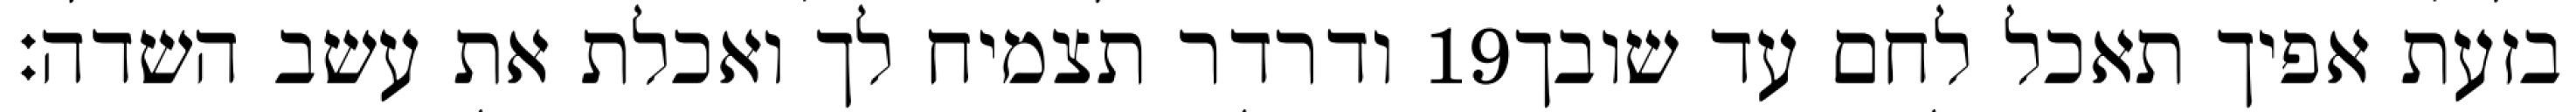
ודרדר תצמיח לך ואכלת את עשב השדה׃ ‎19‏ בזעת אפיך תאכל לחם עד שובך